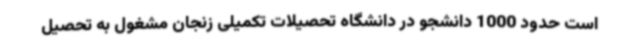
است حدود 1000 دانشجو در دانشگاه تحصیلات تکمیلی زنجان مشغول به تحصیل